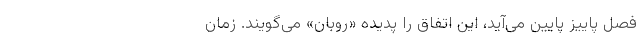
فصل پاییز پایین می‌آید، این اتفاق را پدیده «روبان» می‌گویند. زمان